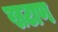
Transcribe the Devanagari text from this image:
खटाण